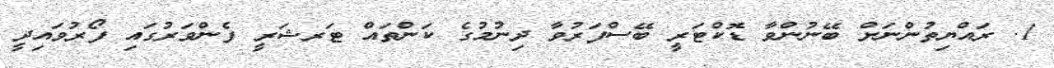
1. ރައްޔިތުންނަށް ބޭނުންވާ ޑޮކްޓަރީ ބޭސްފަރުވާ ދިނުމުގެ ކަންތައް ޓަރޝަރީ ފެންވަރުގައި ފޯރުވައިދީ